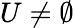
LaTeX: U\neq\emptyset